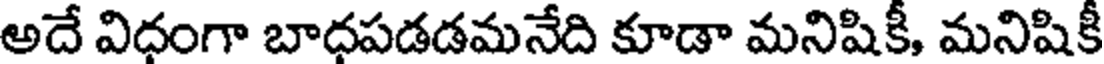
అదే విధంగా బాధపడడమనేది కూడా మనిషికీ, మనిషికీ